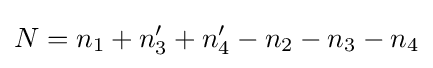
N=n_{1}+n_{3}'+n_{4}'-n_{2}-n_{3}-n_{4}